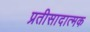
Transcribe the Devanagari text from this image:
प्रतीसादात्मक